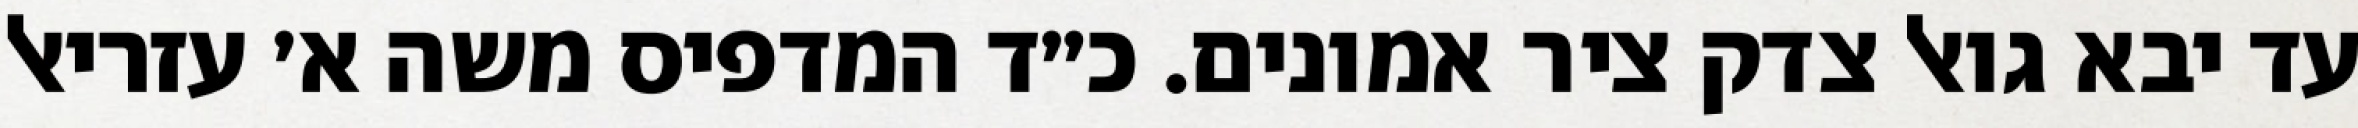
עד יבא גואל צדק ציר אמונים. כ״ד המדפיס משה א׳ עזריאל